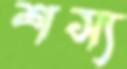
শস্য